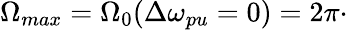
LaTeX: \Omega_{max}=\Omega_{0}(\Delta\omega_{pu}=0)=2\pi\cdot